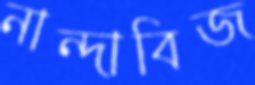
নান্দাবিজ